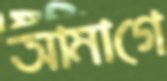
আমাগে